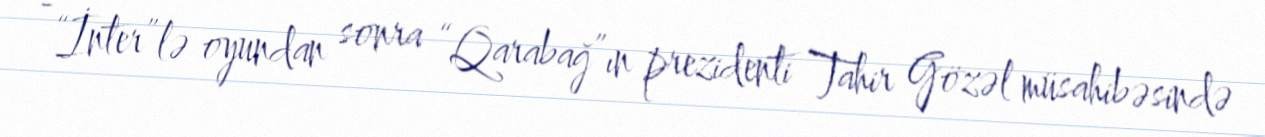
- “İnter”lə oyundan sonra “Qarabağ”ın prezidenti Tahir Gözəl müsahibəsində